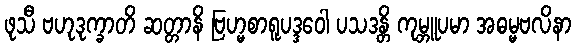
ဖုသီ ဗဟုဒုက္ခာတိ ဆတ္တာနိ ဗြဟ္မစာရူပဒ္ဒဝေါ ပသဒန္တိ ကုမ္ဘူပမာ အဓမ္မဗလိနာ